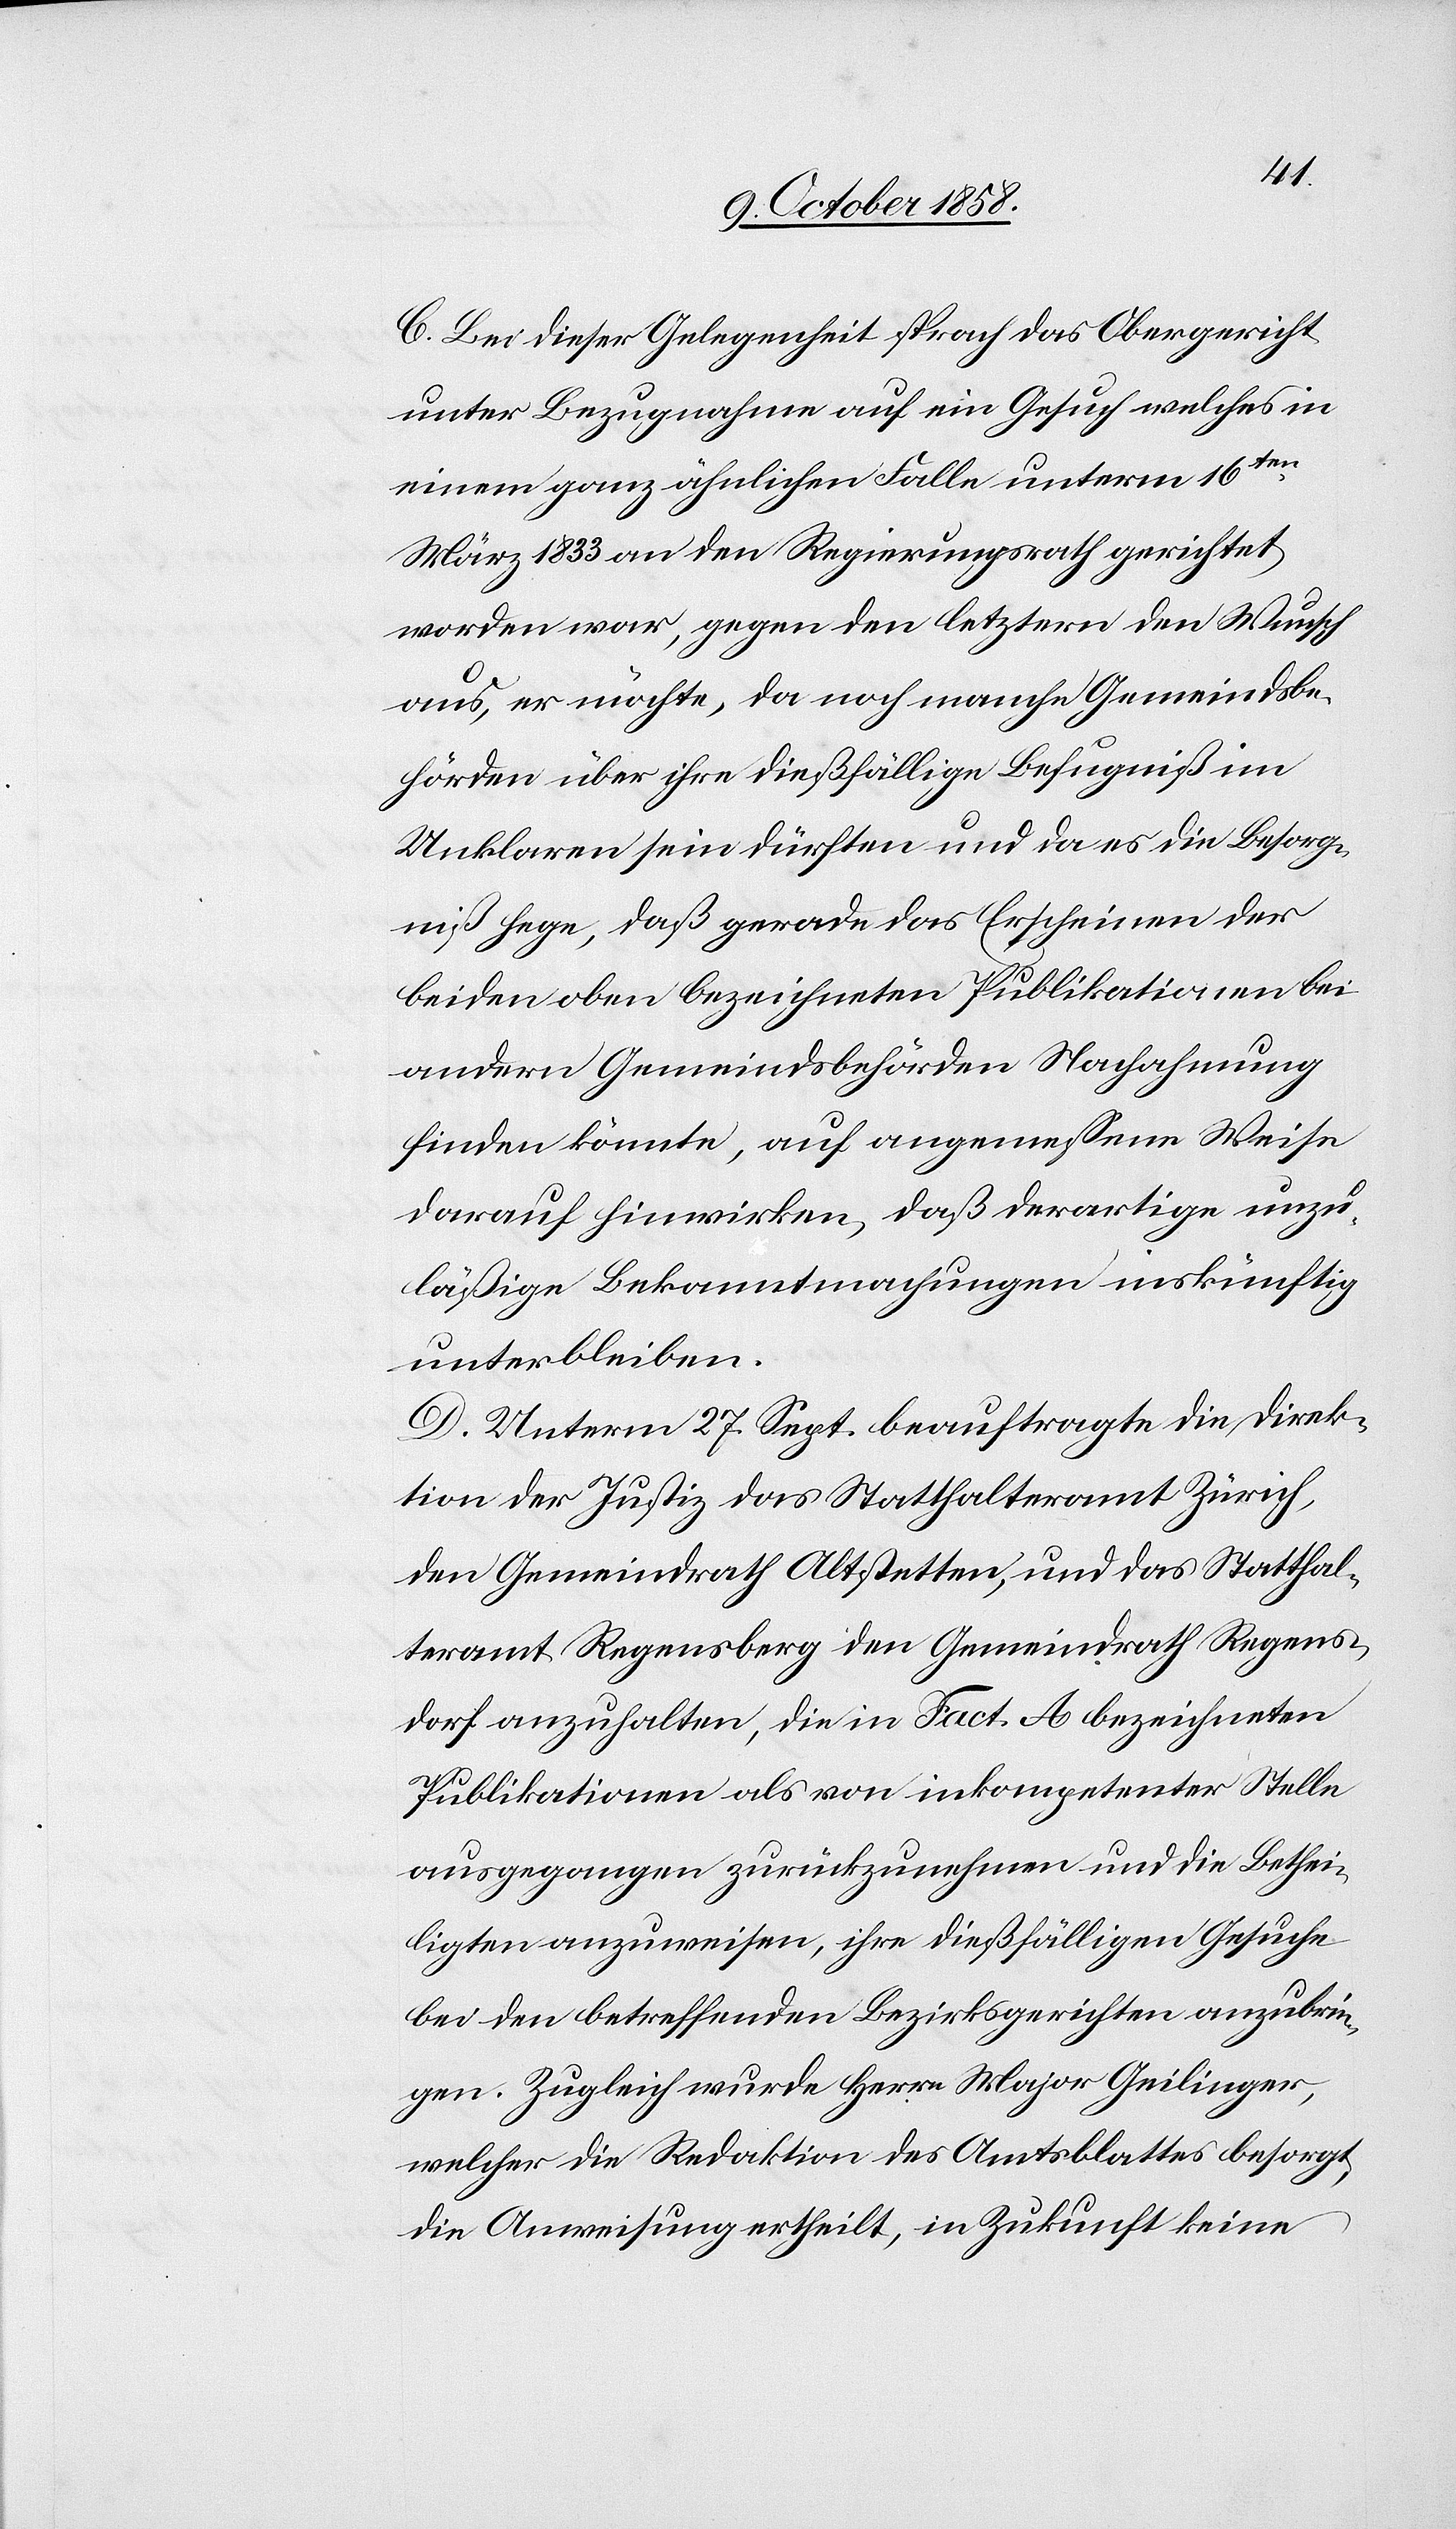
C. Bei dieser Gelegenheit sprach das Obergericht
unter Bezugnahme auf ein Gesuch welches in
einem ganz ähnlichen Falle unterm 16ten
März 1833 an den Regierungsrath gerichtet
worden war, gegen den letztern den Wunsch
aus, er möchte, da noch manche Gemeindsbe¬
hörden über ihre dießfällige Befugniß im
Unklaren sein dürften und da es die Besorg¬
niß hege, daß gerade das Erscheinen der
beiden oben bezeichneten Publikationen bei
andern Gemeindsbehörden Nachahmung
finden könnte, auf angemessene Weise
darauf hinwirken, daß derartige unzu¬
läßige Bekanntmachungen inskünftig
unterbleiben.
D. Unterm 27. Sept. beauftragte die Direk¬
tion der Justiz das Statthalteramt Zürich,
den Gemeindrath Altstetten, und das Statthal¬
teramt Regensberg den Gemeindrath Regens¬
dorf anzuhalten, die in Fact. A bezeichneten
Publikationen als von inkompetenter Stelle
ausgegangen zurückzunehmen und die Bethei¬
ligten anzuweisen, ihre dießfälligen Gesuche
bei den betreffenden Bezirksgerichten anzubrin¬
gen. Zugleich wurde Herr Major Geilinger,
welcher die Redaktion des Amtsblattes besorgt,
die Anweisung ertheilt, in Zukunft keine